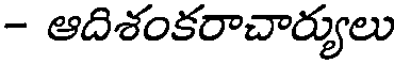
- ఆదిశంకరాచార్యులు